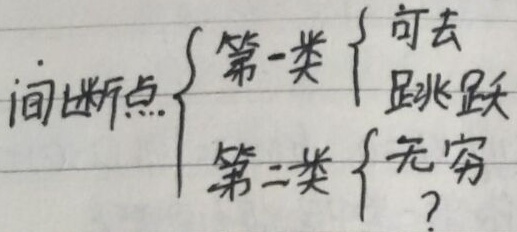
间断点$\begin{cases}
\text{第一类} &\begin{cases}
\text{可去} \\
\text{跳跃}
\end{cases}\\
\text{第二类} &\begin{cases}
\text{无穷} \\
\text{?}
\end{cases}
\end{cases}$